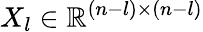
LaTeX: X_{l}\in\mathbb{R}^{(n-l)\times(n-l)}